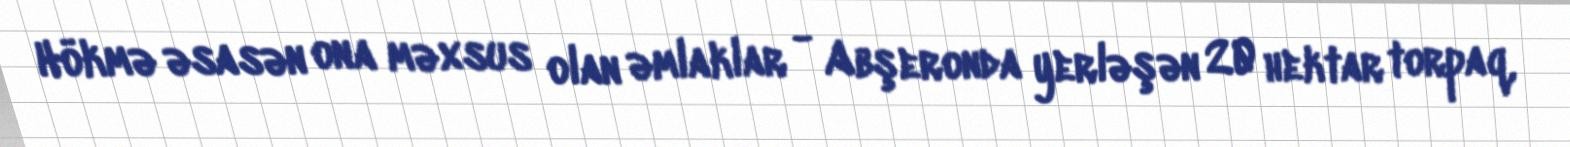
Hökmə əsasən ona məxsus olan əmlaklar - Abşeronda yerləşən 20 hektar torpaq,